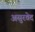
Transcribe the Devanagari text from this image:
असुरवेद